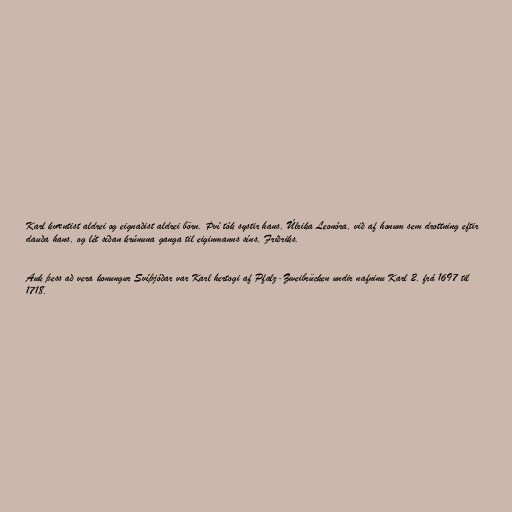
Karl kvæntist aldrei og eignaðist aldrei börn. Því tók systir hans, Úlrika Leonóra, við af honum sem drottning eftir
dauða hans, og lét síðan krúnuna ganga til eiginmanns síns, Friðriks.

Auk þess að vera konungur Svíþjóðar var Karl hertogi af Pfalz-Zweibrücken undir nafninu Karl 2. frá 1697 til
1718.